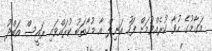
މަގާމުގެ ހުވާ ކުރެއްވުމަށް ފަހު އަނިލް އާ މުޚާތަބު ކުރައްވައި ރައީސް އަބްދު